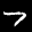
Label: 7